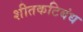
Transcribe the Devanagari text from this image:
शीतकटिबंध